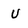
Character: u